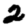
Digit: 2